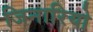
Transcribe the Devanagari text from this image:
जिनारियो